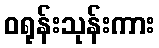
ဝရုန်းသုန်းကား